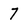
Character: 7